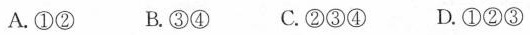
A.①② B.③④ C.②③④ D.①②③